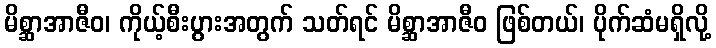
မိစ္ဆာအာဇီဝ၊ ကိုယ့်စီးပွားအတွက် သတ်ရင် မိစ္ဆာအာဇီဝ ဖြစ်တယ်၊ ပိုက်ဆံမရှိလို့